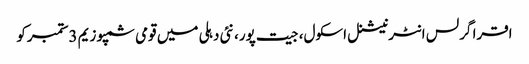
اقرا گرلس انٹرنیشنل اسکول، جیت پور، نئی دہلی میں قومی سمپوزیم 3ستمبرکو